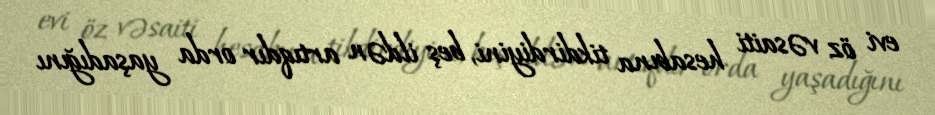
evi öz vəsaiti hesabına tikdirdiyini, beş ildən artıqdır orda yaşadığını